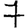
Digit: 7